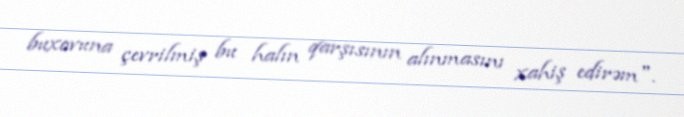
buxovuna çevrilmiş bu halın qarşısının alınmasını xahiş edirəm".